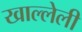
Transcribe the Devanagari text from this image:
खाल्लेली